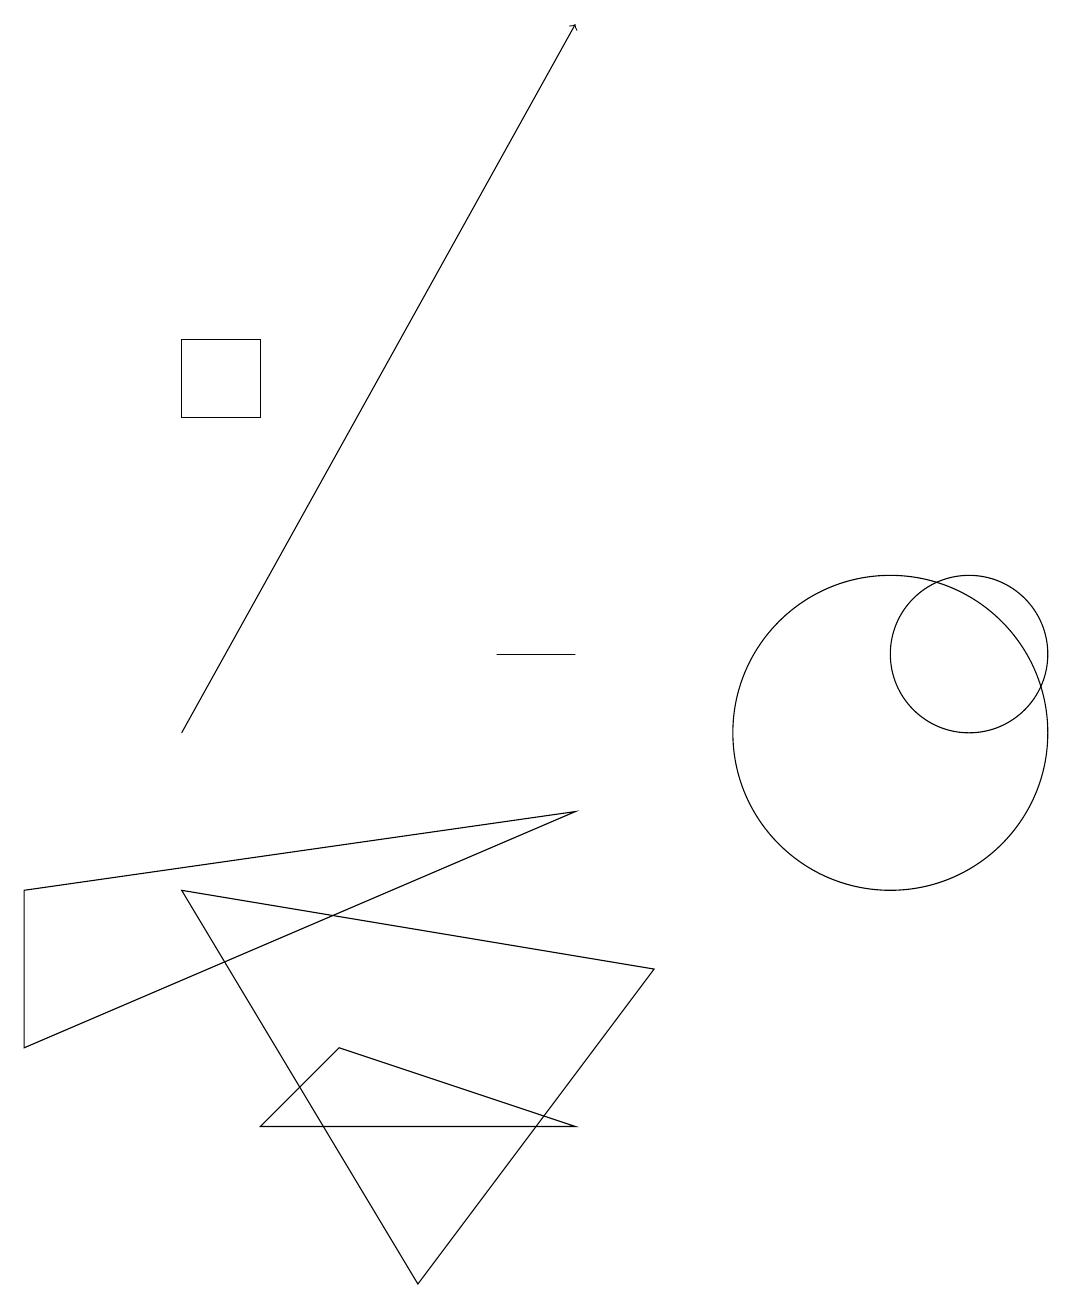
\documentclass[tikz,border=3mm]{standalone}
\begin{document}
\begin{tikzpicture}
\draw (2,15) rectangle (3,14);
\draw (7,5) -- (3,5) -- (4,6) -- cycle;
\draw (2,8) -- (5,3) -- (8,7) -- cycle;
\draw[->] (2,10) -- (7,19);
\draw (7,9) -- (0,8) -- (0,6) -- cycle;
\draw (6,11) rectangle (7,11);
\draw (12,11) circle (1);
\draw (11,10) circle (2);
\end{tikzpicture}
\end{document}